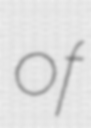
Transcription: of